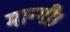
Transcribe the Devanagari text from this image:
मान्गी।